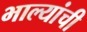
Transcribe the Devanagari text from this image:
भाल्यांची